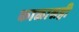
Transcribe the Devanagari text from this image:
काळासही